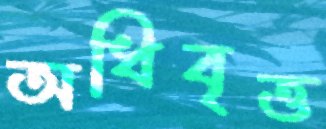
অধিবৃত্ত